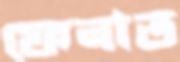
ফেনাত